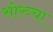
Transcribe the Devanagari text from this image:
सोरुचा